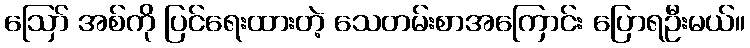
ဪ အစ်ကို ပြင်ရေးထားတဲ့ သေတမ်းစာအကြောင်း ပြောရဦးမယ်။